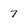
Character: 7